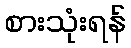
စားသုံးရန်